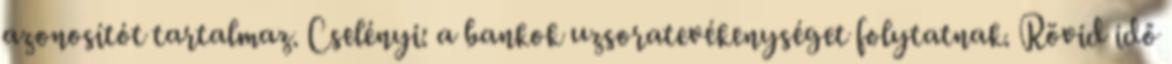
azonosítót tartalmaz. Cselényi: a bankok uzsoratevékenységet folytatnak. Rövid idő